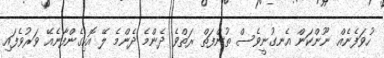
ހުވަފެނެއް ނޫންކަން އެނގުނީވެސް ތުންފަތް ރަތްވެ ދެންމެ ދެންމެ ލޭ އޮހިގެންފާނެއޭ ވަރުވެފައި